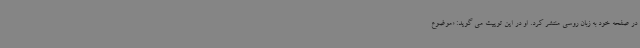
در صفحه خود به زبان روسی منتشر کرد. او در این توییت می ‌گوید: ‌«موضوع